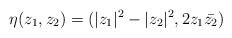
\begin{align*}\eta(z_1,z_2) = (|z_1|^2 - |z_2|^2,2z_1\bar{z_2})\end{align*}